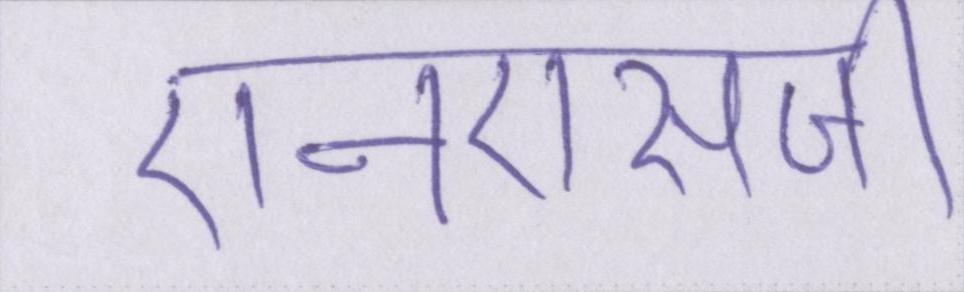
एनएसजी